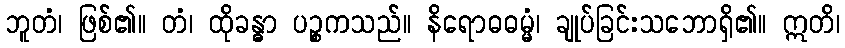
ဘူတံ၊ ဖြစ်၏။ တံ၊ ထိုခန္ဓာ ပဉ္စကသည်။ နိရောဓဓမ္မံ၊ ချုပ်ခြင်းသဘောရှိ၏။ ဣတိ၊